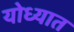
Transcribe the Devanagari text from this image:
योध्यात